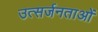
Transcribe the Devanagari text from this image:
उत्सर्जनताओं